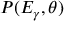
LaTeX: P ( E _ { \gamma } , \theta )